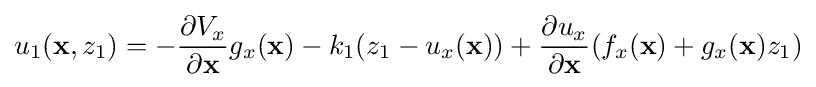
u_{1}(\mathbf {x} ,z_{1})=-{\frac {\partial V_{x}}{\partial \mathbf {x} }}g_{x}(\mathbf {x} )-k_{1}(z_{1}-u_{x}(\mathbf {x} ))+{\frac {\partial u_{x}}{\partial \mathbf {x} }}(f_{x}(\mathbf {x} )+g_{x}(\mathbf {x} )z_{1})